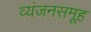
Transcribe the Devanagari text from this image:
व्यंजनसमूह